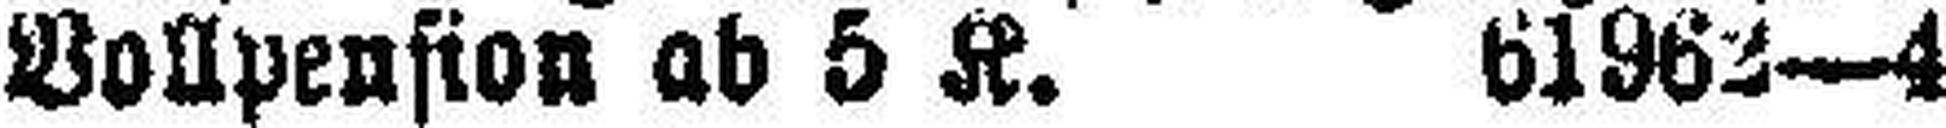
Vollpension ab 5 K. 61962—4